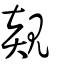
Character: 覢